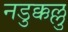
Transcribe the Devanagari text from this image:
नडुक्कल्लु